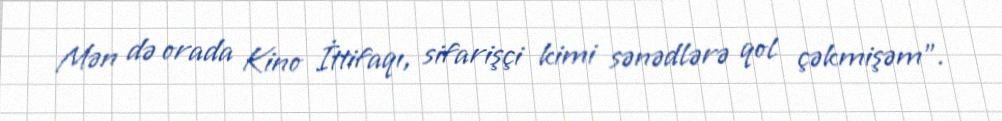
Mən də orada Kino İttifaqı, sifarişçi kimi sənədlərə qol çəkmişəm".